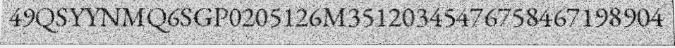
49QSYYNMQ6SGP0205126M35120345476758467198904